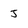
Character: J